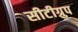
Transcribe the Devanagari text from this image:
सीटीग्रुप